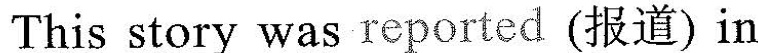
This story was reported (报道)in